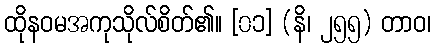
ထိုနဝမအကုသိုလ်စိတ်၏။ [၀၁] (နိ၊ ၂၅၅) တာဝ၊